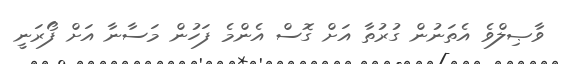
ވާޞިލްވެ އެތަނުން ގުރުތާ އަށް ގޮސް އެންމެ ފަހުން މަސާނާ އަށް ފޯރަނީ